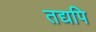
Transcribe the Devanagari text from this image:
तद्यपि